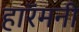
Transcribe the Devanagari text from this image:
हारॅमनी